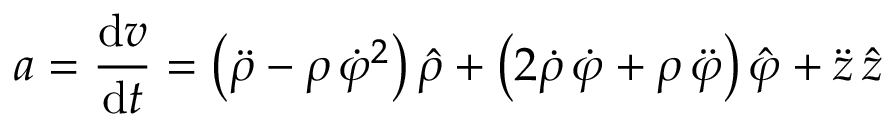
{ \boldsymbol { a } } = { \frac { \mathrm { d } { \boldsymbol { v } } } { \mathrm { d } t } } = \left( { \ddot { \rho } } - \rho \, { \dot { \varphi } } ^ { 2 } \right) { \boldsymbol { \hat { \rho } } } + \left( 2 { \dot { \rho } } \, { \dot { \varphi } } + \rho \, { \ddot { \varphi } } \right) { \hat { \boldsymbol { \varphi } } } + { \ddot { z } } \, { \hat { \boldsymbol { z } } }